Vaccination in Bombay 1856-1862 - 1856-1862
Year: 1856
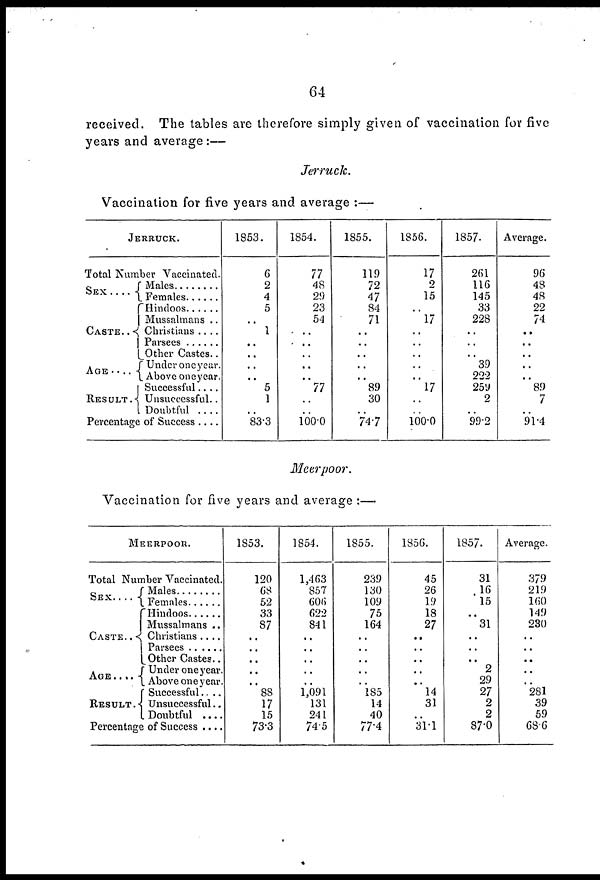
64
received. The tables are therefore simply given of vaccination for five
years and average :—
Jerruck.
Vaccination for five years and average :—
JERRUCK.
Total Number Vaccinated.
SEX . . . .
CASTE . .
RESULT .
Males. . . .
Females . . . .
Hindoos . . . .
Mussalmans . . .
Christians . . . .
Parsees . . . .
Other Castes..
Under one year.
Above one year.
Successful . . .
Unsuccessful..
Doubtful . . .
Percentage of Success . . . .
1853.
6
2
4
5
..
1
..
..
.. ..
5
1
..
83.3
1854.
77
48
29
23
54
..
..
..
..
..
77
..
..
100.0
1855.
119
72
47
84
71
..
..
..
..
..
89
30
..
74.7
1856.
17
2
15
..
17
..
..
..
.. ..
17
..
..
100.0
1857.
261
116
145
33
228
..
..
..
39
222
259
2
..
99.2
Average.
96
48
48
22
74
..
..
..
..
..
89
7
..
91.4
Mcerpoor.
Vaccination for five years and average :—
MEERPOOR.
Total Number Vaccinated.
SEX. . .
CASTE . .
AGE . . .
RESULT.
Males . . . . .
Females . . . .
Hindoos . . . .
Mussalmans ..
Christians . . . .
Parsees . . . .
Other Castes..
Under one year.
Above one year.
Successful . . . .
Unsuccessful..
Doubtful . . . .
Percentage of Success . . .
1853.
120
68
52
33
87
..
..
..
..
..
88
17
15
73.3
1854.
1,463
857
606
622
841
..
..
..
..
..
1,091
131
241
74.5
1855.
239
130
109
75
164
..
..
..
..
..
185
14
40
77.4
1856.
45
26
19
18
27
..
..
..
..
..
14
31
..
31.1
1857.
31
16
15
..
31
..
..
..
2
29
27
2
2
87.0
Average.
379
219
160
149
230
..
..
..
..
..
281
39
59
68.6